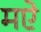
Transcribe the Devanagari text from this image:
मऐ